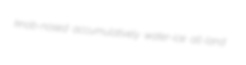
knob-nosed accumulatively water-ice all-land